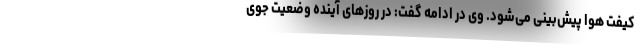
کیفت هوا پیش‌بینی می‌شود. وی در ادامه گفت: در روزهای آینده وضعیت جوی